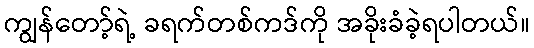
ကျွန်တော့်ရဲ့ ခရက်တစ်ကဒ်ကို အခိုးခံခဲ့ရပါတယ်။